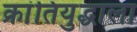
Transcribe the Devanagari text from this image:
क्रांतियुद्धाला